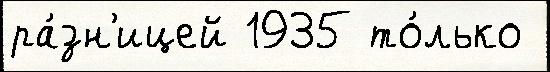
ра́зн'ицей 1935 то́лько